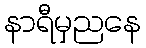
နာရီမှညနေ